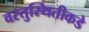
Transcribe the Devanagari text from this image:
वस्तुस्थितीकडे